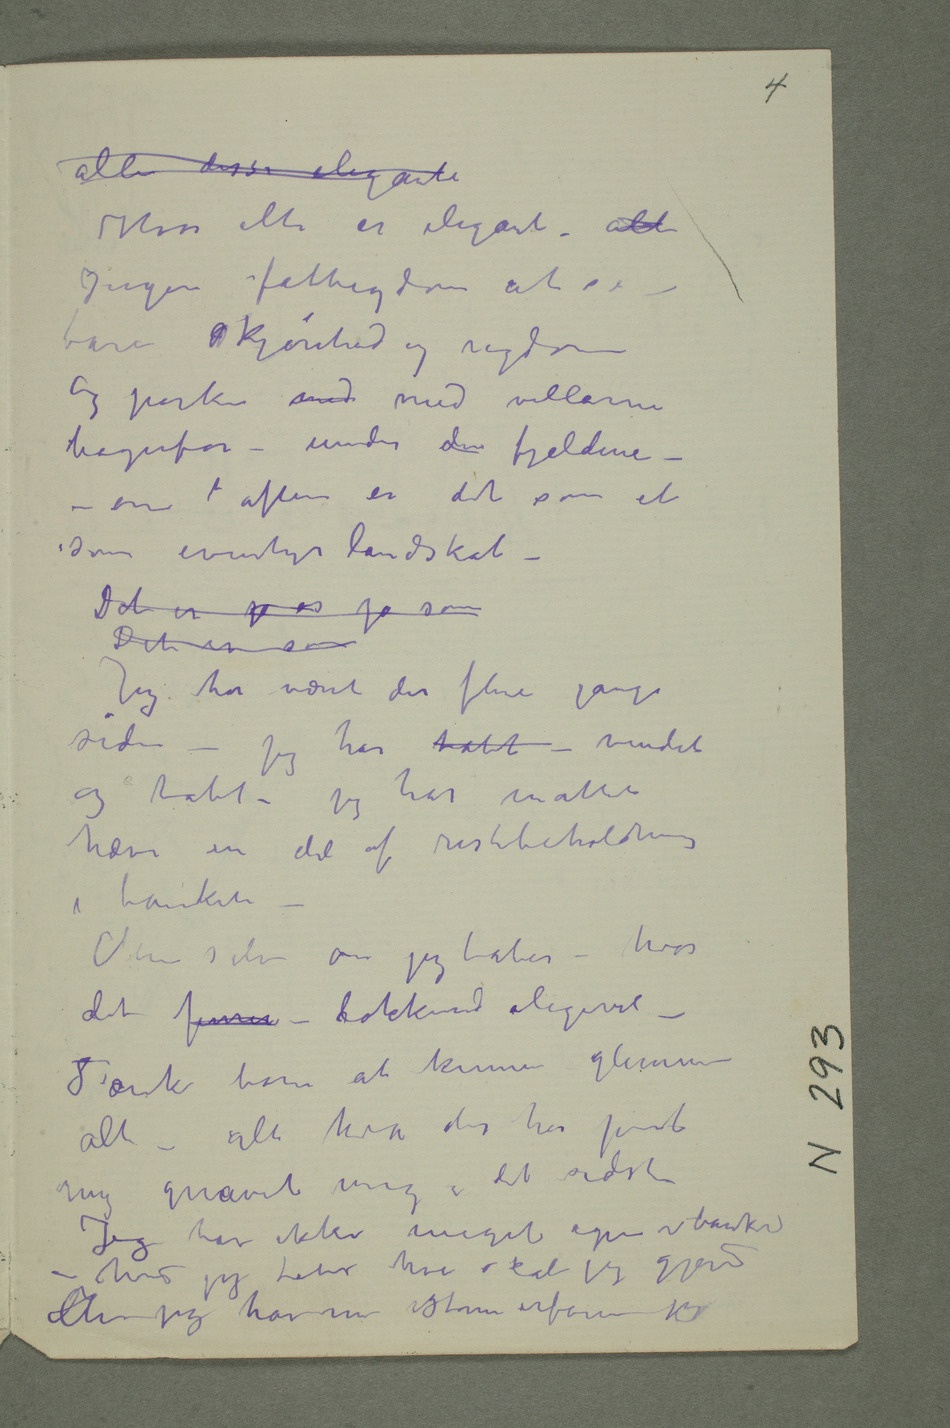
alle disse elegante
Hvor alle er elegante – alt
Ingen fattigdom at se –
bare skjønhed og rigdom
Og parken med med villaerne
bagenfor – under den fjeldene – –
en  aften er det som et
Det er som
Jeg har været der flere gange
siden – jeg har tabt – vundet
og tabt – Jeg har måttet
hæve en del af restbeholdningen
i banken
– Men selv om jeg taber – hvor
det finner – lokkende aligevel –
Tænk bare at kunne glemme
alt – alt hva der har pint
mig, gnavet mig i det sidste
Jeg har ikke meget igjen i banken
– hvis jeg taber hva skal jeg gjøre?
Men jeg har nu større erfaring jeg